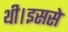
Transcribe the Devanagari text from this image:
थी।इससे